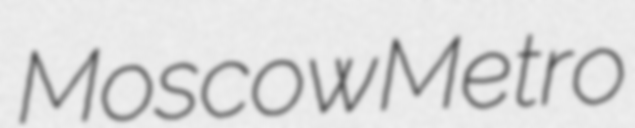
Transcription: Moscow Metro